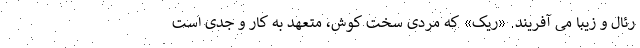
رئال و زیبا می آفریند. «ریک» که مردی سخت کوش، متعهد به کار و جدی است